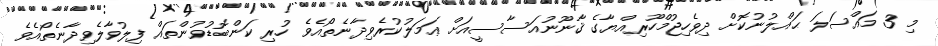
މި 3 މައްސަލަ ޙައްލުނުކޮށް ދިވެހިޖުމްހޫރިއްޔާގެ ޤާނޫނުއަސާސީއަށް ޢަމަލުކުރެވިދާނެތޯއެވެ ހުރި ކަންބޮޑުވުންތައް ފިލުވާލެވިދާނެތޯއެވެ